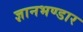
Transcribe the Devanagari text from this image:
ज्ञानभण्डार